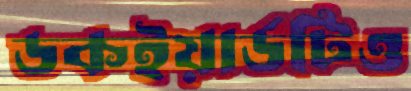
ডকইয়ার্ডটিও